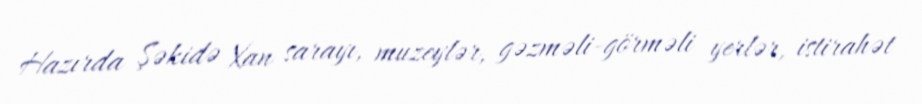
Hazırda Şəkidə Xan sarayı, muzeylər, gəzməli-görməli yerlər, istirahət